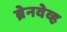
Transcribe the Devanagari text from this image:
ब्रेनवेव्ह